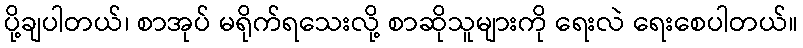
ပို့ချပါတယ်၊ စာအုပ် မရိုက်ရသေးလို့ စာဆိုသူများကို ရေးလဲ ရေးစေပါတယ်။